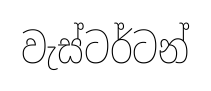
වැස්ටර්ටන්